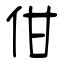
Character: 佄